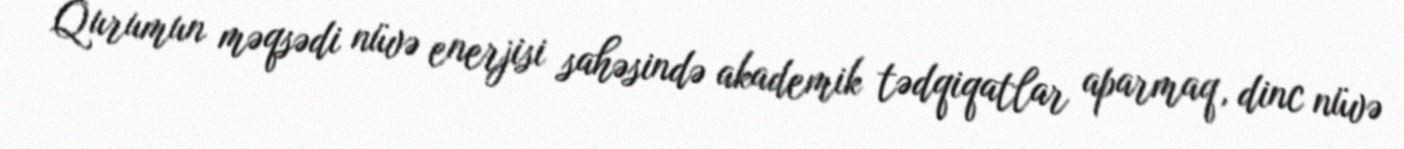
Qurumun məqsədi nüvə enerjisi sahəsində akademik tədqiqatlar aparmaq, dinc nüvə